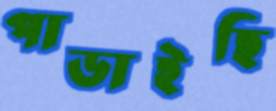
পাডাইছি